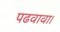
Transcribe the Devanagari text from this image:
पढवावा।